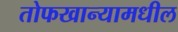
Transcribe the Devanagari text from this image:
तोफखान्यामधील